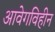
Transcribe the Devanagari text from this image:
आवेगविहीन